King Institute of Preventive Medicine Micro-Biological Section reports 1912-19
Year: 1912
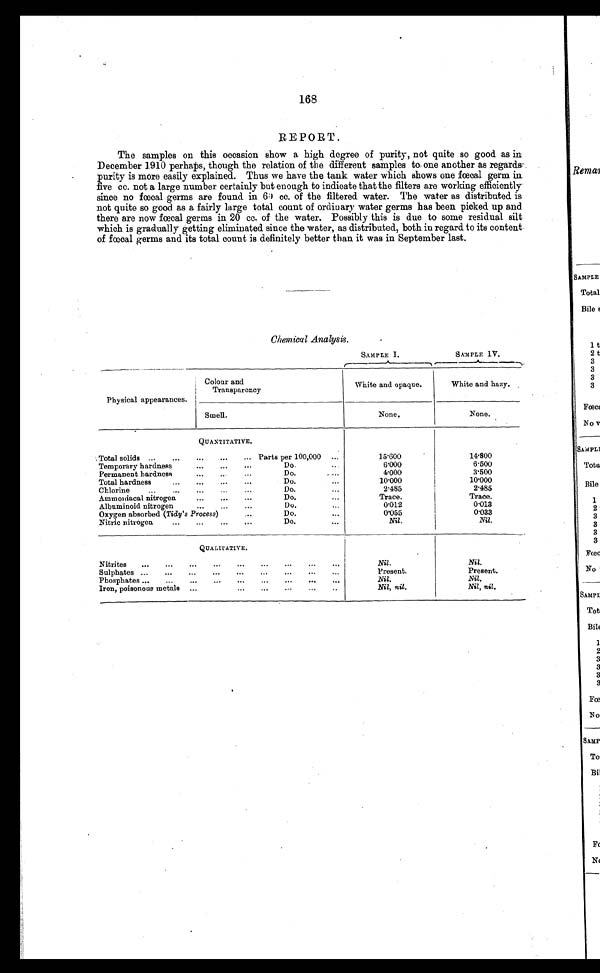
168
REPORT.
The samples on this occasion show a high degree of purity, not quite so good as in
December 1910 perhaps, though the relation of the different samples to one another as regards
purity is more easily explained. Thus we have the tank water which shows one fœcal germ in
five cc. not a large number certainly but enough to indicate that the filters are working efficiently
since no fœcal germs are found in 60 cc. of the filtered water. The water as distributed is
not quite so good as a fairly large total count of ordinary water germs has been picked up and.
there are now fœcal germs in 20 cc. of the water. Possibly this is due to some residual silt
which is gradually getting eliminated since the water, as distributed, both in regard to its content
of fœcal germs and its total count is definitely better than it was in September last.
Chemical Analysis.
SAMPLE I.
SAMPLE IV.
Physical appearances.
Colour and
Transparency
White and opaque.
White and hazy.
Smell.
None.
None.
QUANTITATIVE.
Total solids ...
...
...
...
... Parts per 100,000 ...
15.600
14.800
Temporary hardness
...
...
...
Do.
...
6.000
6.500
Permanent hardness
...
...
Do.
...
4 . 0 0 0
3.500
Total hardness
...
...
...
...
Do.
...
10.000
10.000
Chlorine
...
...
...
...
...
Do.
...
2.485
2.485
Ammoniacal nitrogen
...
...
...
Do.
...
Trace.
Trace.
Albuminoid nitrogen
...
...
...
Do. ...
0.012
0.013
Oxygen absorbed (Tidy's Process)
...
Do.
...
0.055
0.033
Nitric nitrogen
...
...
...
„.
Do.
...
Nil.
Nil.
QUALITATIVE.
Nitrites
... ... ... ... ... ... ... ...
Nil.
Nil.
Sulphates ...
...
...
...
...
...
...
...
...
Present.
Present.
Phosphates ...
...
...
...
...
,..
...
...
...
Nil.
Nil.
Iron, poisonous metals ...
...
...
...
...
..
Nil, nil.
Nil, nil.